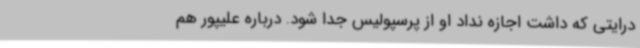
درایتی که داشت اجازه نداد او از پرسپولیس جدا شود. درباره علیپور هم